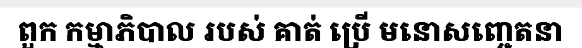
ពួក កម្មាភិបាល របស់ គាត់ ប្រើ មនោសញ្ចេតនា